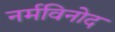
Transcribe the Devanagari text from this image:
नर्मविनोद